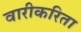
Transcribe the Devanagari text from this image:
वारीकरिता